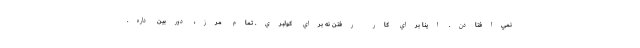
نمي‌افتادن. اينا براي كار رفتن نه براي كولبري. تمام مرز، دوربين داره.